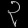
Digit: ၃